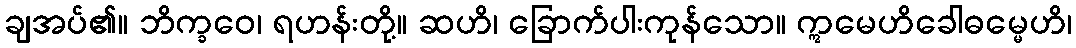
ချအပ်၏။ ဘိက္ခဝေ၊ ရဟန်းတို့။ ဆဟိ၊ ခြောက်ပါးကုန်သော။ ဣမေဟိခေါဓမ္မေဟိ၊